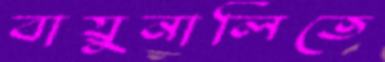
বায়ুনালিতে